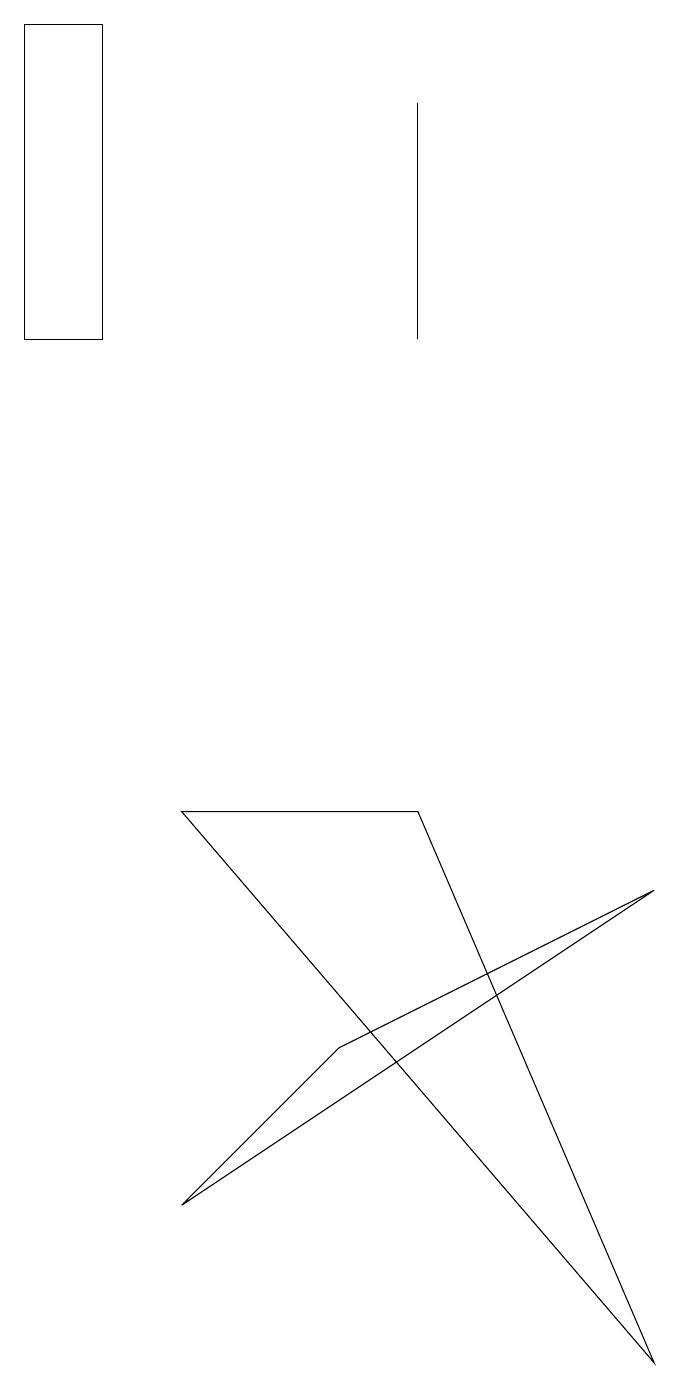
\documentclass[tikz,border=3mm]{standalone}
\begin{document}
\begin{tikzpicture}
\draw (5,4) -- (9,6) -- (3,2) -- cycle;
\draw (9,0) -- (3,7) -- (6,7) -- cycle;
\draw (6,16) rectangle (6,13);
\draw (1,17) rectangle (2,13);
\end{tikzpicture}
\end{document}